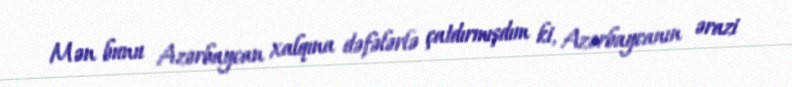
Mən bunu Azərbaycan xalqına dəfələrlə çatdırmışdım ki, Azərbaycanın ərazi